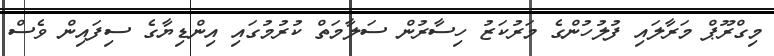
މިގްރޫޕް މަރާލައި ފުލުހުންގެ މަރުކަޒު ހިސާރުން ސަލާމަތް ކުރުމުގައި އިންޑިޔާގެ ސިފައިން ވެސް